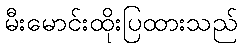
မီးမောင်းထိုးပြထားသည်